Annual report of the Punjab Veterinary College and of the Civil Veterinary Department, Punjab - 1920-1925
Year: 1920
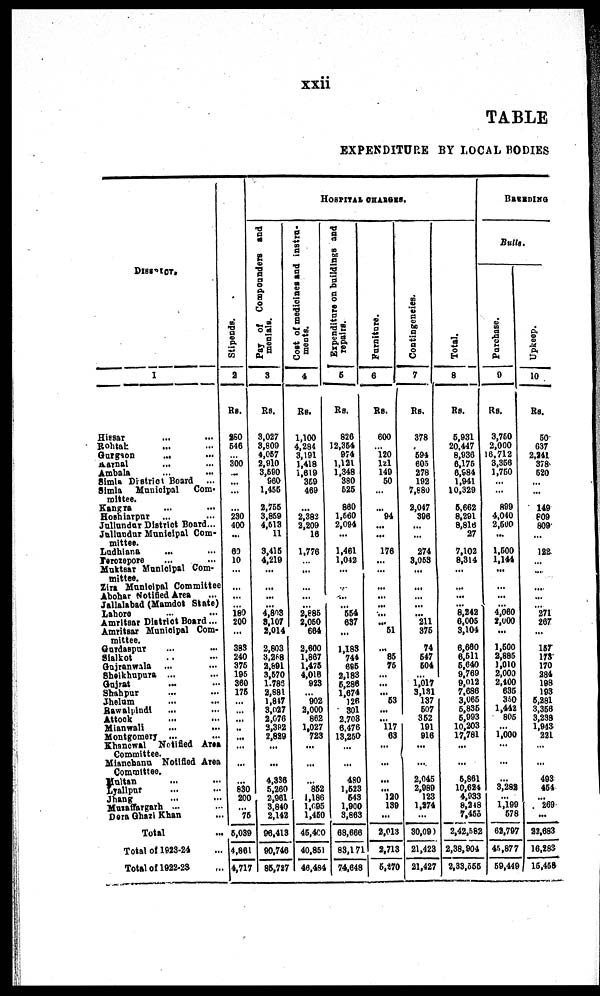
xxii
TABLE
EXPENDITURE BY LOCAL BODIES
DISTRICT
1
Hissar ... ...
Rohtak ... ...
Gurgion
... ...
Karnal ... ...
Ambala ... ...
Simla District Board ...
Simla Municipal Com-
mittee.
Kangra ... ...
Hoshiarpur ... ...
Jullundur District Board...
Jallundur Municipal Com-
mittee.
Ludhlana
... ...
Ferozepore
...
...
Muktsar Municipal Com-
mittee.
Zira Municipal Committee
Abohar Notified Area ...
Jallalabad (Mamdot State)
Lahore
...
...
Amritsar District Board...
Amritsar Municipal Com-
mittee.
Gurdaspur ... ...
Sialkot ... ...
Gujranwala ... ...
Sheikhupura ... ...
Gujrat ... ...
Shahpur ... ...
Jhelum ... ...
Rawalpindi ... ...
Attock ... ...
Mianwali ... ...
Montgomery ...
...
Khanowal Notified Area
Committee.
Mianchanu Notified Area
Committee.
Multan
...
...
Lyallpur ... ...
Jnang
...
...
Muzaffargrah ... ...
Dera Ghazi Khan ...
Total
Total of 1923-24 ...
Total of 1922-23 ...
Stipends.
2
Rs.
260
646
300
...
...
...
... 230
400
...
63
10
...
....
... 180
200
...
383
240
376
196
360
176
...
...
... ..
...
...
...
... 830
200
... 76
6,089
4,861
4,717
HOSPITAL CHARGES.
Pay of Compounders and
menials.
3
Rs.
3,027
3,809
4,087
2,910
3,690
960
1,455
2,755
3,869
4,613
11
3,416
4,219
...
...
...
...
4,803
3,107
2,014
2,803
3,268
2,891
3,670
1,789
2,881
1,847
3,027
2,076
3,392
2,829
...
...
4,336
6,260
2,961
3,840
2,142
96,413
90,746
86,717
Cost of medicines
and instra-
ments.
4
Rs.
1,100
4,284
3,191
1,418
1,619
359
469
...
2,382
2,209
16
1,776
...
...
...
...
...
2,686
2,060
664
2,600
1,867
1,476
4,016
923
... 902
2,000
862
1,027
723
...
...
... 862
1,186
1,695
1,460
46,400
40,351
46,484
Expenditure on buildings and
repairs.
6
Rs.
826
12,364
974
1,121
1,348
380
525
860
1,560
2,094
...
1,461
1,042
...
...
...
... 554
637
...
1,185
744
6S6
2,183
5,286
1,674
126
301
2.708
6.476
18,250
...
...
480
1,623
643
1,900
3,863
68,666
83,171
74,648
Furniture.
6
Rs.
600
... 120
121
149
50
...
... 94
...
...
176
...
...
...
...
...
...
... 51
... 86
76
...
...
... 53
...
... 117
63
...
...
...
... 120
139
...
2,018
2,718
5,370
Contingencies.
7
Rs.
378
... 594
605
278
192
7,880
2,047
396
...
...
274
3,063
...
...
...
...
... 211
376
74
547
504
...
1,017
3,131
137
507
362
91
916
...
...
2,045
2,989
123
1,274
...
30,090
21,428
21,427
Total.
8
Rs.
5,931
20,447
8,936
6,176
6,984
1,941
10,329
5,662
8,291
8,816
27
7,102
8,314
...
...
...
... 8,242
6,005
3,104
6,680
6,511
5,640
9,769
9,012
7,686
3,065
5,836
5,993
10,203
17,781
...
...
5,861
10,624
4,933
8,248
7,455
2,42,582
2,38,904
2,33,555
BUREDING
Bulls.
Purchase.
9
Rs.
3,750
2,000
16,712
3,356
1,750
... ...
899
4,040
2,600
...
1,500
1,144
...
...
...
4,060
2,000
...
1,500
2,885
1,010
2,003
2,400
635
350
1,442
806
1,000
...
...
... 3,282
... 1,199
678
62,797
45,877
69,449
Upkeep.
10
Rs.
50
637
2,241
378
520
...
...
149
809
809
...
122
...
...
...
...
271
267
...
167
173
170
284
198
193
5,281
3,356
3,238
1,943
221
...
...
493
454
... 269
...
27,683
16,283
16,453